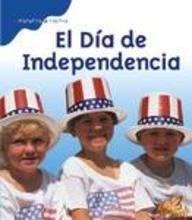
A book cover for El Dia de Independencia = Independence Day (Historias de Fiestas) (Spanish Edition); Mir Tamim Ansary; Children's Books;